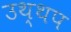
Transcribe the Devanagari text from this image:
उथ्थप